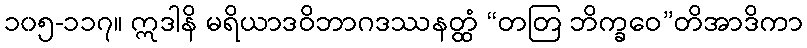
၁၀၅-၁၁၇။ ဣဒါနိ မရိယာဒဝိဘာဂဒဿနတ္ထံ “တတြ ဘိက္ခဝေ”တိအာဒိကာ